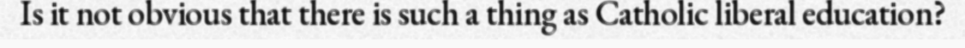
Is it not obvious that there is such a thing as Catholic liberal education?